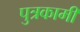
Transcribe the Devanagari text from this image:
पुत्रकामी